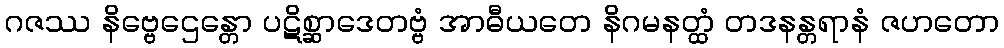
ဂဇဿ နိဗ္ဗေဌေန္တော ပဋိစ္ဆာဒေတဗ္ဗံ အာဓီယတေ နိဂမနတ္ထံ တဒနန္တရာနံ ဇဟတော